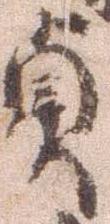
貞